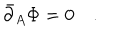
\bar { \partial } _ { A } \Phi = 0 \quad .